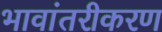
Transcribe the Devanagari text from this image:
भावांतरीकरण